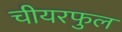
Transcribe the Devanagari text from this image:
चीयरफुल